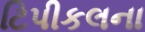
ટિપીકલના